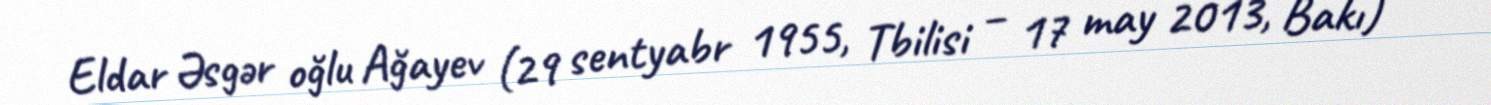
Eldar Əsgər oğlu Ağayev (29 sentyabr 1955, Tbilisi – 17 may 2013, Bakı) —